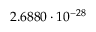
2 . 6 8 8 0 \cdot 1 0 ^ { - 2 8 }